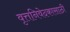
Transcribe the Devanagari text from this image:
वृत्तनिवेदकासाठी